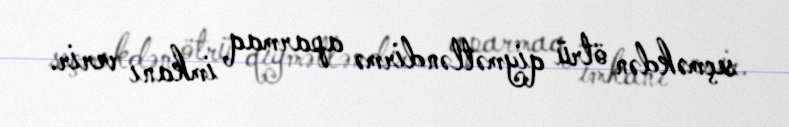
seçməkdən ötrü qiymətləndirmə aparmaq imkanı verir.